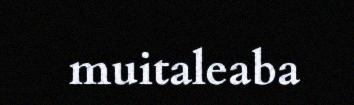
muitaleaba